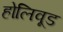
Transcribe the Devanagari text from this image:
होलिवूड